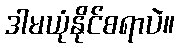
ဒါမယုံနိုင်စရာပဲ။